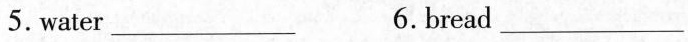
5. water ___ 6. bread ___